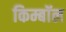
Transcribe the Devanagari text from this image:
किम्बॉल